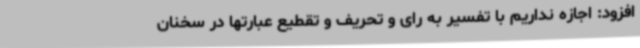
افزود: اجازه نداریم با تفسیر به رای و تحریف و تقطیع عبارتها در سخنان